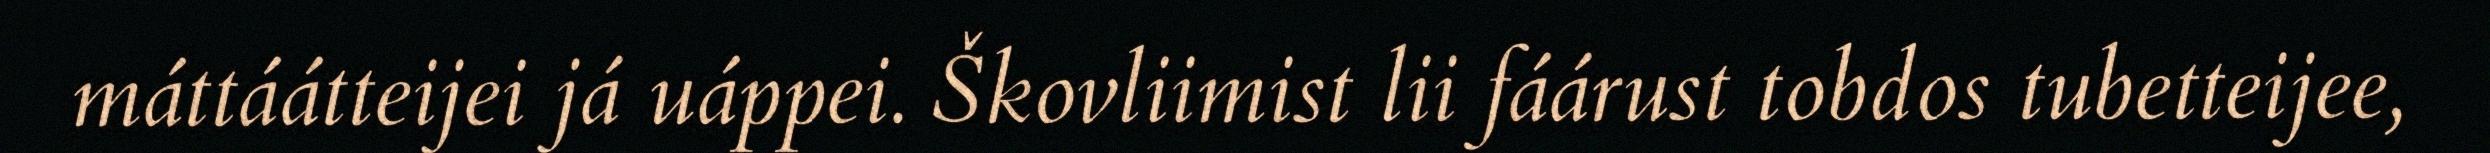
máttáátteijei já uáppei. Škovliimist lii fáárust tobdos tubetteijee,